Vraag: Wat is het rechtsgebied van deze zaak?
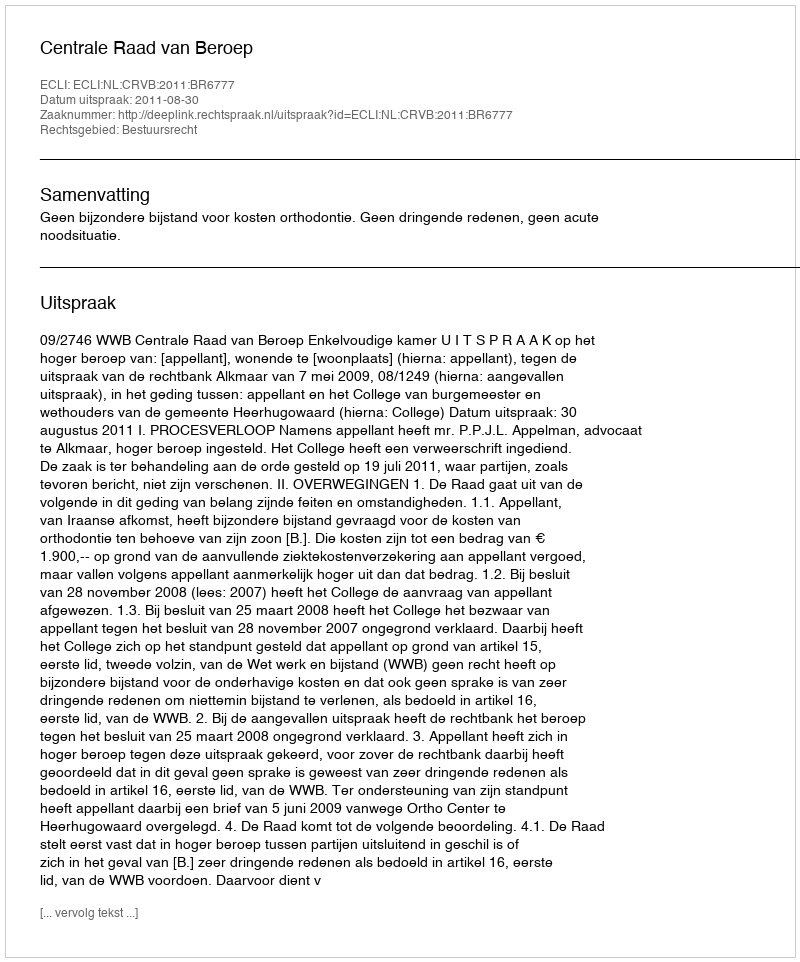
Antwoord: Bestuursrecht